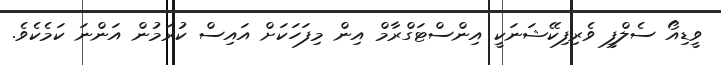
ވީޑިއޯ ސެލްފީ ވެރިފިކޭޝަނަކީ އިންސްޓަގްރާމް އިން މިފަހަކަށް އައިސް ކުރަމުން އަންނަ ކަމެކެވެ.